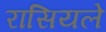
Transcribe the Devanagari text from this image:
रासियले